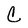
Character: C